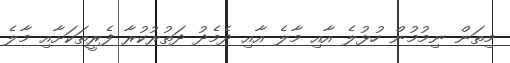
މިތަން ނިމުމުން ހުޅުލެ އާއި މާލެ އާއި ދެމެދު ދަތުރުކުރާ ފެރީތަކަށާއި މާލެ